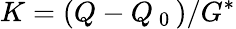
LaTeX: K=(Q-Q_{\mathit{\mathrm{~0~}}})/G^{*}